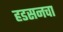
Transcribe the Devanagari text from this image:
हडसनचा